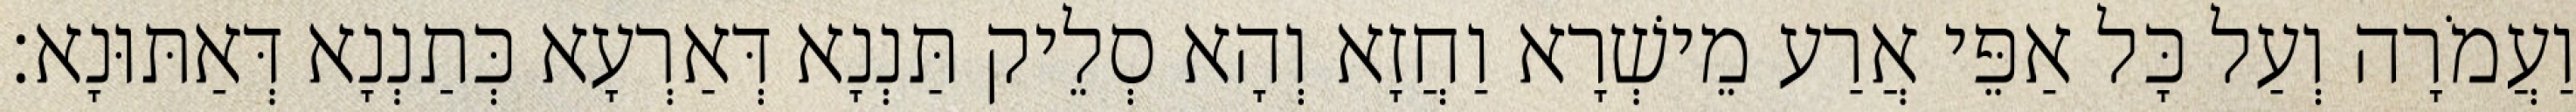
וַעֲמֹרָה וְעַל כָּל אַפֵּי אֲרַע מֵישְׁרָא וַחֲזָא וְהָא סְלֵיק תַּנְנָא דְּאַרְעָא כְּתַנְנָא דְּאַתּוּנָא׃